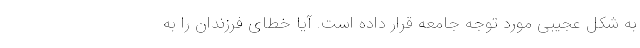
به شکل عجیبی مورد توجه جامعه قرار داده است. آیا خطای فرزندان را به